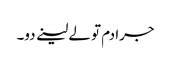
جرا دم تو لے لینے دو۔